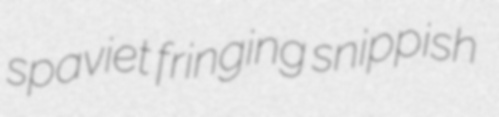
spaviet fringing snippish